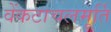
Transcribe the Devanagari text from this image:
वेंकटाचलमूर्ति